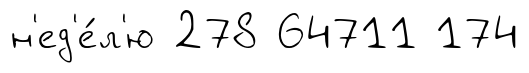
н'ед'е́л'ю 278 64711 174